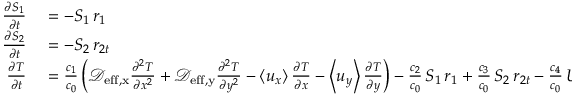
\begin{array} { r l } { \frac { \partial S _ { 1 } } { \partial t } } & { { } = - S _ { 1 } \, r _ { 1 } } \\ { \frac { \partial S _ { 2 } } { \partial t } } & { { } = - S _ { 2 } \, r _ { 2 t } } \\ { \frac { \partial T } { \partial t } } & { { } = \frac { c _ { 1 } } { c _ { 0 } } \left( \mathcal D _ { \mathrm { e f f , x } } \frac { \partial ^ { 2 } T } { \partial x ^ { 2 } } + \mathcal D _ { \mathrm { e f f , y } } \frac { \partial ^ { 2 } T } { \partial y ^ { 2 } } - \left< u _ { x } \right> \frac { \partial T } { \partial x } - \left< u _ { y } \right> \frac { \partial T } { \partial y } \right) - \frac { c _ { 2 } } { c _ { 0 } } \, S _ { 1 } \, r _ { 1 } + \frac { c _ { 3 } } { c _ { 0 } } \, S _ { 2 } \, r _ { 2 t } - \frac { c _ { 4 } } { c _ { 0 } } \, U ( T - T _ { a } ) } \end{array}